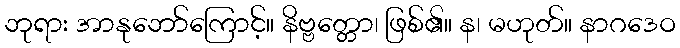
ဘုရား အာနုဘော်ကြောင့်။ နိဗ္ဗတ္တော၊ ဖြစ်၏။ န၊ မဟုတ်။ နာဂဒေဝ